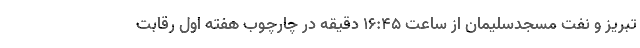
تبریز و نفت مسجدسلیمان از ساعت ۱۶:۴۵ دقیقه در چارچوب هفته اول رقابت